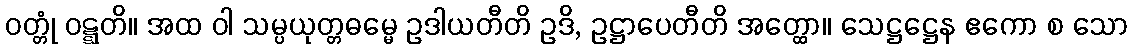
ဝတ္တုံ ဝဋ္ဋတိ။ အထ ဝါ သမ္ပယုတ္တဓမ္မေ ဥဒါယတီတိ ဥဒိ, ဥဋ္ဌာပေတီတိ အတ္ထော။ သေဋ္ဌဋ္ဌေန ဧကော စ သော